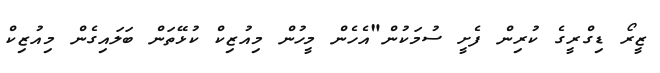
ޒީރޯ ޑިގްރީގެ ކުރިން ފެށީ ސުމަކުން"އެހެން މީހުން މިއުޒިކް ކުޅޭތަން ބަލައިގެން މިއުޒިކް